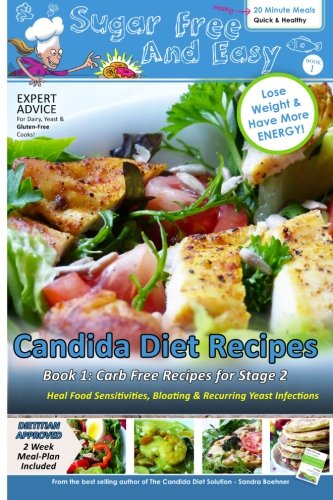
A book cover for Sugar Free and Easy Candida Diet Recipes (Book 1): 20 Minute Meals to Heal Bloating & Yeast Infections (and to Lose Weight & Have More Energy!) -- ... Diet Self-Guided Healing Series) (Volume 2); Sandra Boehner; Cookbooks, Food & Wine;